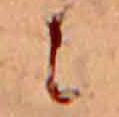
に